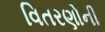
વિતરણોની